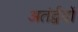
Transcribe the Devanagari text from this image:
अतंर्द्वदों